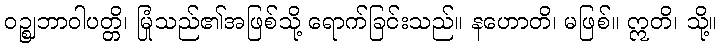
ဝဉ္ဈဘာဝါပတ္တိ၊ မြုံသည်၏အဖြစ်သို့ ရောက်ခြင်းသည်။ နဟောတိ၊ မဖြစ်။ ဣတိ၊ သို့။